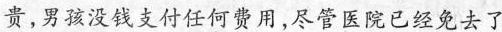
贵，男孩没钱支付任何费用，尽管医院已经免去了